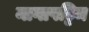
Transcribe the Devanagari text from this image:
नागापट्टिम